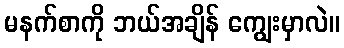
မနက်စာကို ဘယ်အချိန် ကျွေးမှာလဲ။